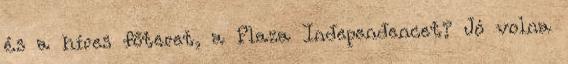
és a híres főteret, a Plaza Independencet? Jó volna